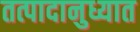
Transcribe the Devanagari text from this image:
तत्पादानुध्यात